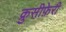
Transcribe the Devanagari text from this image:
क्रुसीफ़ेरी